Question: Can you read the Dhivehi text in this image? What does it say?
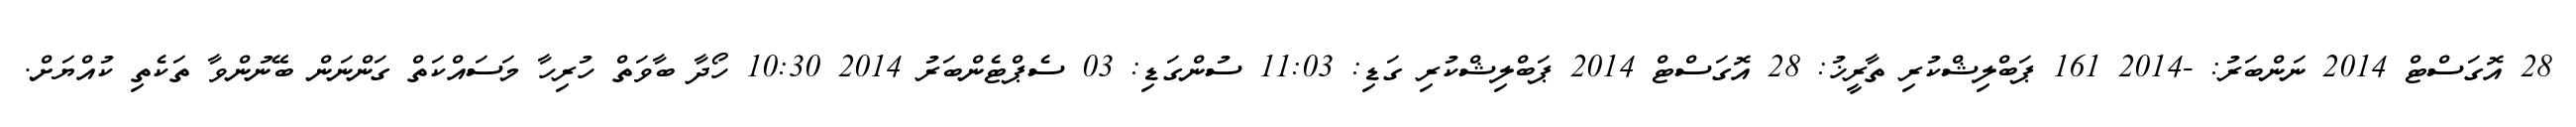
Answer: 28 އޮގަސްޓް 2014 ނަންބަރު: -2014 161 ޕަބްލިޝްކުރި ތާރީޚު: 28 އޮގަސްޓް 2014 ޕަބްލިޝްކުރި ގަޑި: 11:03 ސުންގަޑި: 03 ސެޕްޓެންބަރު 2014 10:30 ހޯދާ ބާވަތް ހުރިހާ މަސައްކަތް ގަންނަން ބޭނުންވާ ތަކެތި ކުއްޔަށް.